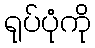
ရုပ်ပုံကို